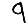
Digit: 9